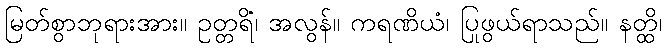
မြတ်စွာဘုရားအား။ ဥတ္တရိံ၊ အလွန်။ ကရဏိယံ၊ ပြုဖွယ်ရာသည်။ နတ္ထိ၊